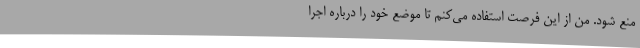
منع شود. من از این فرصت استفاده می‌کنم تا موضع خود را درباره اجرا